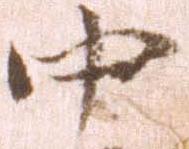
中